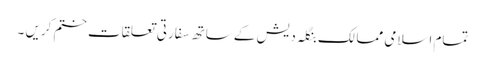
تمام اسلامی ممالک بنگلہ دیش کے ساتھ سفارتی تعلقات ختم کریں ۔